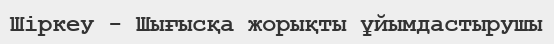
Шіркеу - Шығысқа жорықты ұйымдастырушы